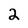
Character: 2